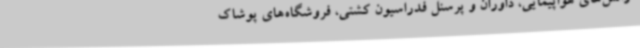
آژانس‌های هواپیمایی، داوران و پرسنل فدراسیون کشتی، فروشگاه‌های پوشاک